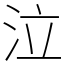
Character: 泣